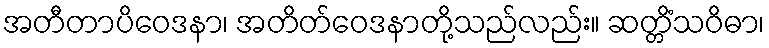
အတီတာပိဝေဒနာ၊ အတိတ်ဝေဒနာတို့သည်လည်း။ ဆတ္တိံသဝိဓာ၊